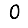
Digit: 0